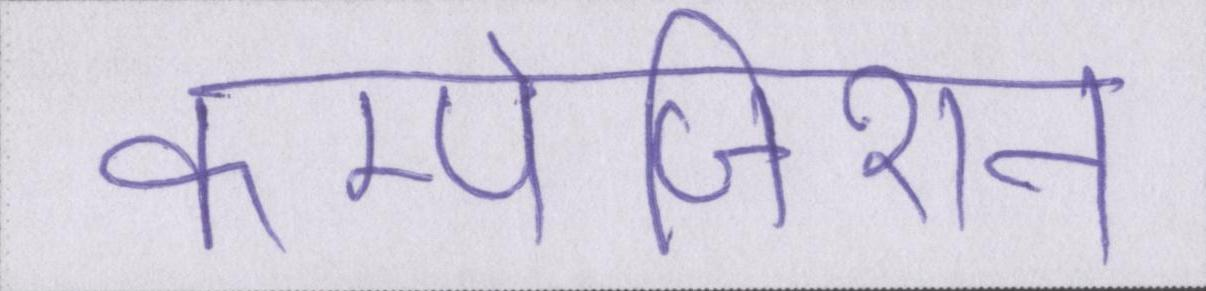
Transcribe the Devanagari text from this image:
कम्पोजिशन